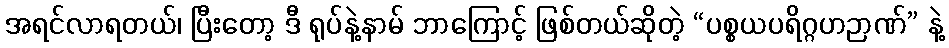
အရင်လာရတယ်၊ ပြီးတော့ ဒီ ရုပ်နဲ့နာမ် ဘာကြောင့် ဖြစ်တယ်ဆိုတဲ့ “ပစ္စယပရိဂ္ဂဟဉာဏ်” နဲ့